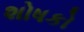
શોષકો